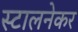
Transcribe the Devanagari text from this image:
स्टालनेकर